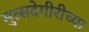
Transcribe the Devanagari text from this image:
मुत्सदेगीरीच्या